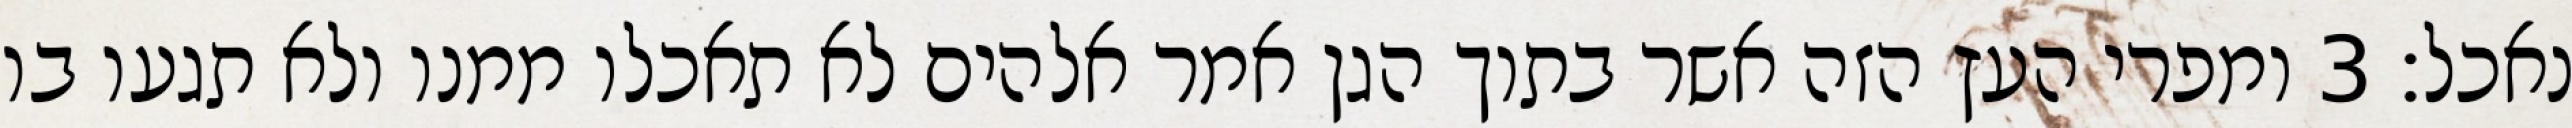
נאכל׃ ‎3‏ ומפרי העץ הזה אשר בתוך הגן אמר אלהים לא תאכלו ממנו ולא תגעו בו